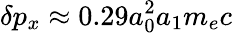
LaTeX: \delta p_{x}\approx 0.29a_{0}^{2}a_{1}m_{e}c